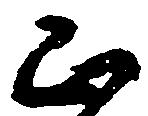
正